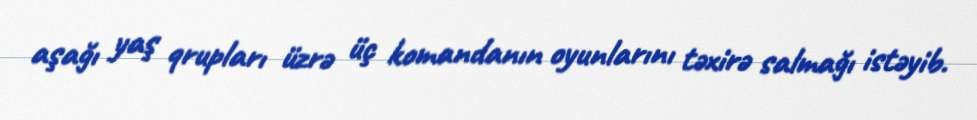
aşağı yaş qrupları üzrə üç komandanın oyunlarını təxirə salmağı istəyib.